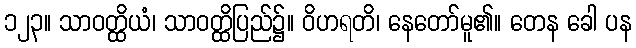
၁၂၃။ သာဝတ္ထိယံ၊ သာဝတ္ထိပြည်၌။ ဝိဟရတိ၊ နေတော်မူ၏။ တေန ခေါ ပန